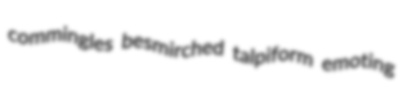
commingles besmirched talpiform emoting